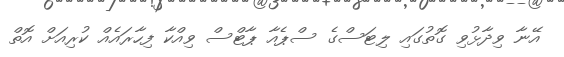
އޭނާ ވިދާޅުވި ގޮތުގައި ލިޓަސްގެ ސްޕެއާ ޕާޓްސް ވިއްކާ ފިހާރައެއް ކުރިއަށް އޮތް